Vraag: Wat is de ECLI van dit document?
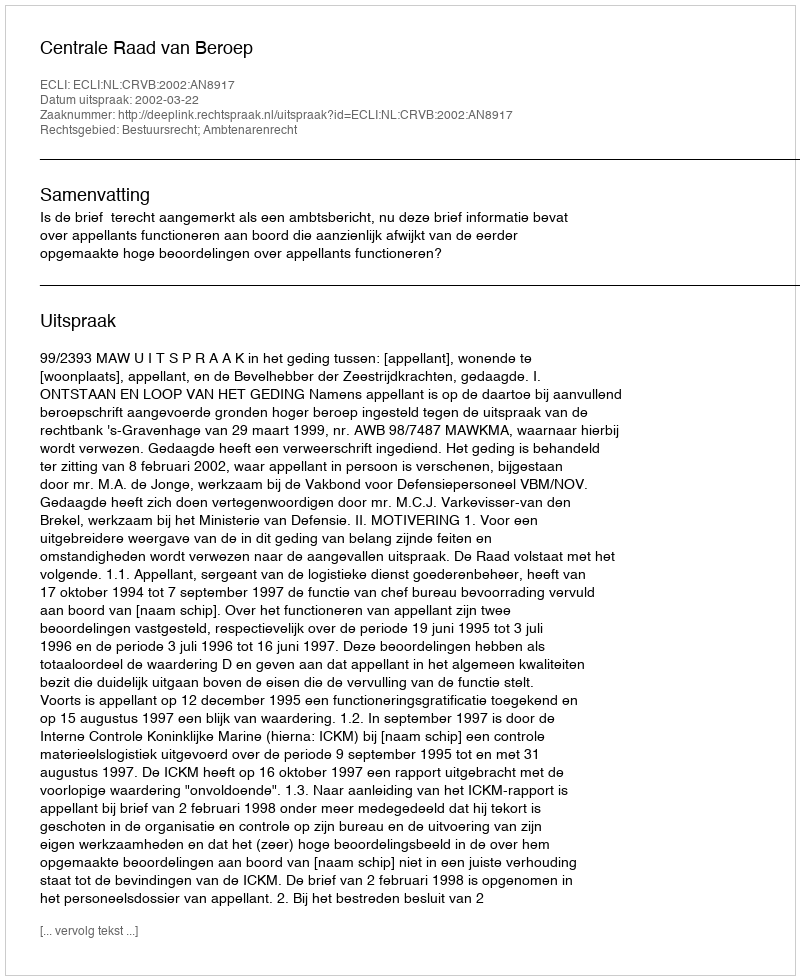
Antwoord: ECLI:NL:CRVB:2002:AN8917